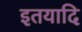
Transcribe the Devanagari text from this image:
इतयादि